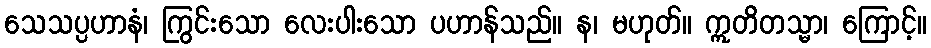
သေသပ္ပဟာနံ၊ ကြွင်းသော လေးပါးသော ပဟာန်သည်။ န၊ မဟုတ်။ ဣတိတသ္မာ၊ ကြောင့်။